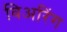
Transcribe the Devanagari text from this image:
विअरिंग